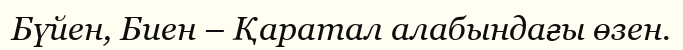
Бүйен, Биен – Қаратал алабындағы өзен.